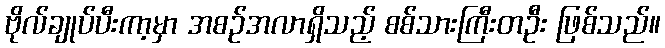
ဗိုလ်ချုပ်ပီးကာ့မှာ အစဉ်အလာရှိသည့် စစ်သားကြီးတဦး ဖြစ်သည်။